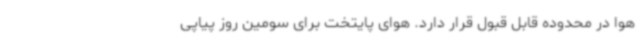
هوا در محدوده قابل قبول قرار دارد. هوای پایتخت برای سومین روز پیاپی